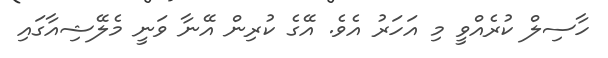
ހާސިލް ކުރެއްވީ މި އަހަރު އެވެ. އޭގެ ކުރިން އޭނާ ވަނީ މެލޭޝިއާގައި